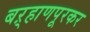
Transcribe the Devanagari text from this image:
बऱ्हाणपूरकर